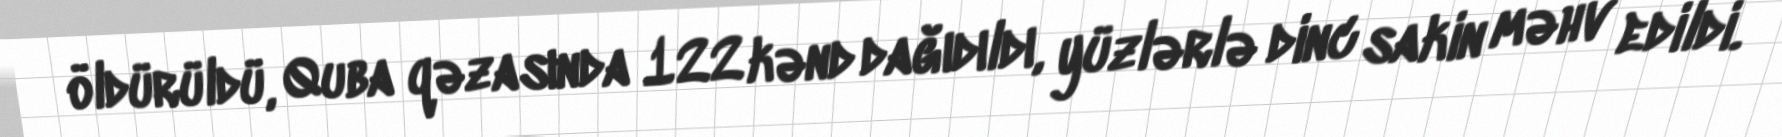
öldürüldü, Quba qəzasında 122 kənd dağıdıldı, yüzlərlə dinc sakin məhv edildi.